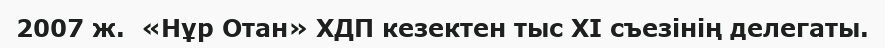
2007 ж.  «Нұр Отан» ХДП кезектен тыс ХІ съезінің делегаты.